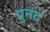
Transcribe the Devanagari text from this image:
पुनंद